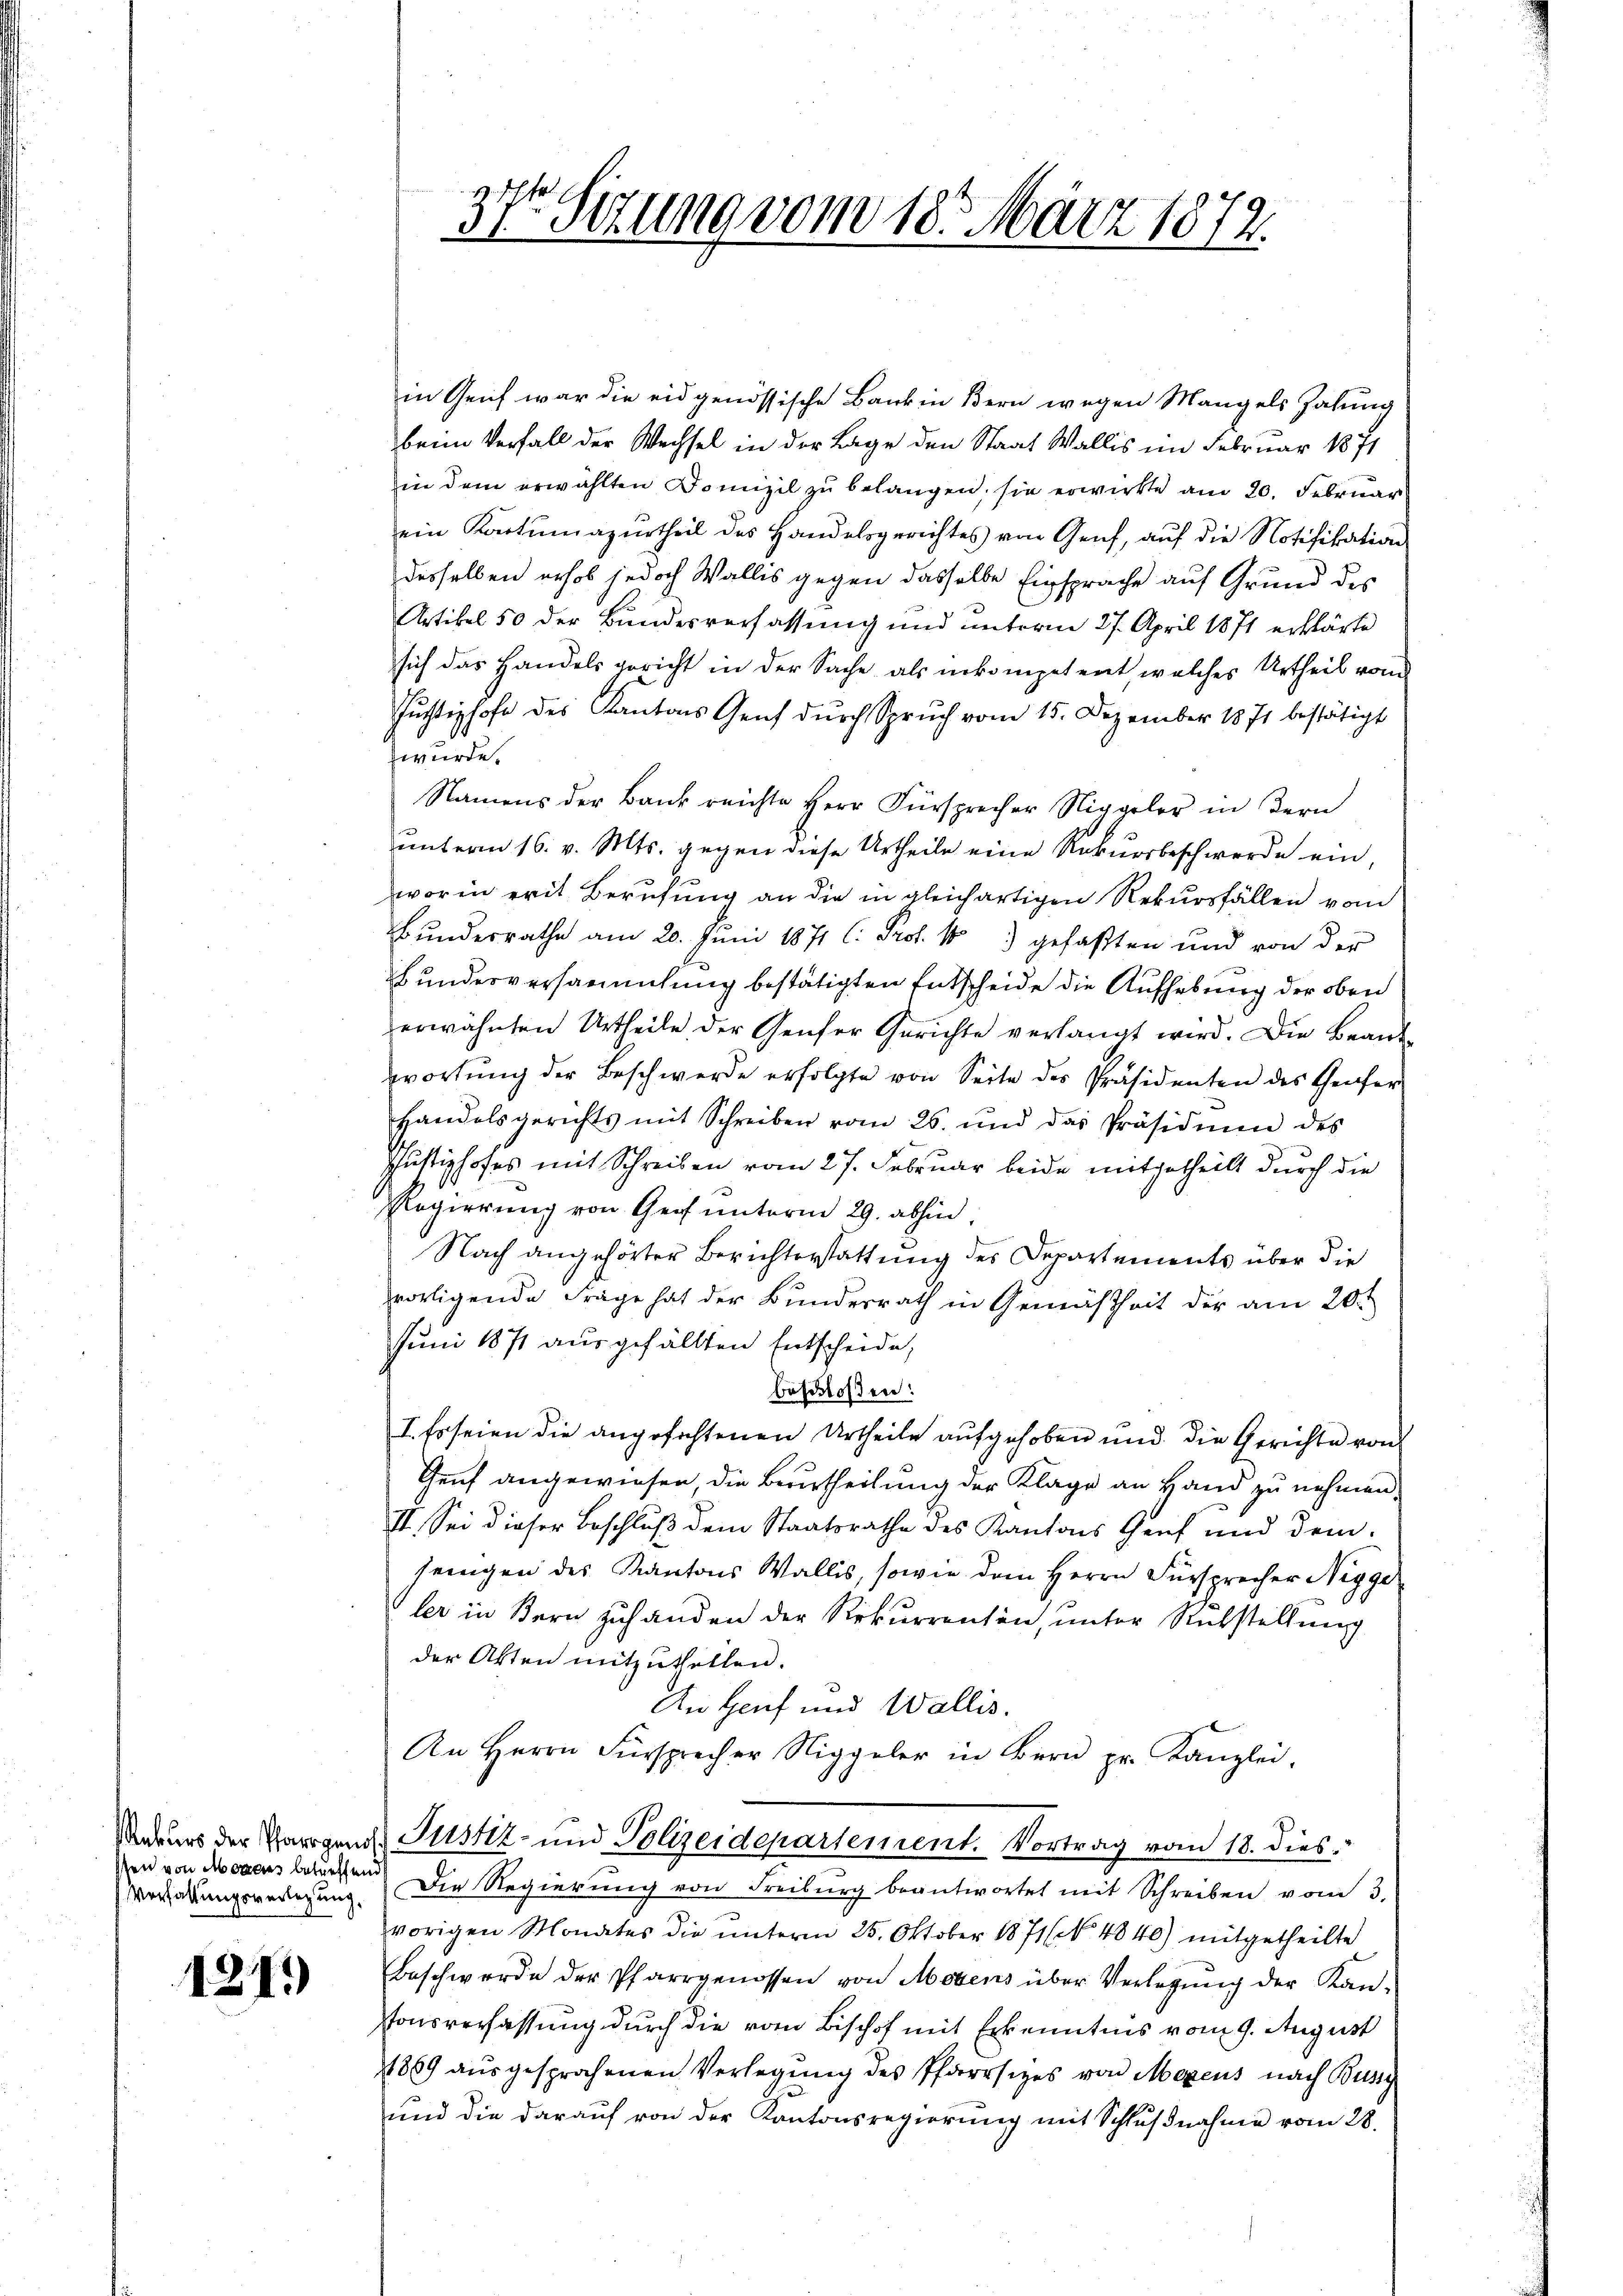
Rekurs der Pfarrgend
sen von Moraus betreffen
Verfassungsverlegung,

121.

37 Sizung vom 18. März 1872.

in Genf war die eidgenössische Bank in Bern wegen Mangels Zahung
beim Verfall der Wechsel in der Lage den Staat Wallis im Februar 1871
in dem erwählten Domizil zu belangen, sie erwirkte am 20. Februar
ein Korrtumazurtheil des Handelsgerichtes von Genf, auf die Notifikation
desselben erhob jedoch Wallis gegen dasselbe Einsprache auf Grund des
Artikel 50 der Bundesverfassung und unterm 27. April 1871 erklärte
sich das Handels gericht in der Sache als inkompetent welches Urtheil vom
Jüchtishofe des Kantons Genf dŭrch Spruch vom 15. Dezember 1871 bestätigt
wurde.
Namens der Bank reichte Herr Fürsprecher Niggeler in Bern
unterm 16. v. Mts. gegen diese Urtheile eine Rekursbeschwerde ein,
worin erit Berufung an die in gleichartigen Rekursfällen vom
Bundesrathe am 20. Juni 1871 l. Prof. 18) gefaßten und von der
Bundesversammlung bestätigten Entscheide die Aufhebung der oben
erwähnten Urtheile der Genfer Gerichte verlangt wird. Die Beantwortŭng der Beschwerde erfolgte von Seite des Präsidenten des Teufer
handelsgerichts mit Schreiben vom 26. und das Präsidium des
Justizhofes mit Schreiben vom 27. Februar beide mitgetheilt durch die
Regierŭng von Genf unterm 29. abhin,
Nach angehörter Berichterstattung des Departements über die
portigende Frage hat der Bunderrath in Gemäßheit der am 20.
Juni 1871 ausgefällten Entscheide,
beschloßen:
I. Es seien die angefochtenen Urtheile aufgehoben und die Gerichte von
Genf angewiesen, die Beurtheilung der Klage an Hand zu nehmen,
II. Sei dieser Beschluß dem Staatsrathe des Kantons Genf und dem
jeingen des Kantons Wallis, sowie dem Herrn Fürsprecher Nigge
ler in Bern zuhanden der Rekurrenten, unter Rückstellung
der Akten mitzuthellen.
An Genf und Wallis.
An Herrn Fürsprecher Niggeler in Bern pr. Kanzlei-
Justiz- und Polizeidepartement. Vortrag vom 18. dies
Die Regierung von Freiburg beantwortet mit Schreiben vom 3.
vorigen Monates die unterm 25. Oktober 1871 (No 4840) mitgetheilte
Beschwerde der Pfarrgenossen von Motens über Verlegŭng der Kan-
stonsverfassung durch die vom Bischof mit Erkenntnis vom 9. August
1869 aŭsgesprochenen Verlegung des Pfarrsizes von Mezens nach Burg
ŭnd die daraŭf von der Kantonsregierŭng mit Schlŭβnahme vom 28.